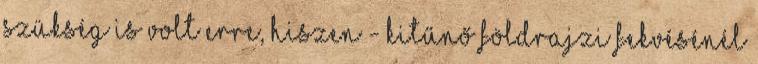
szükség is volt erre, hiszen - kitűnő földrajzi fekvésénél